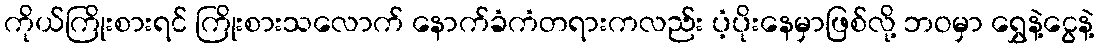
ကိုယ်ကြိုးစားရင် ကြိုးစားသလောက် နောက်ခံကံတရားကလည်း ပံ့ပိုးနေမှာဖြစ်လို့ ဘဝမှာ ရွှေနဲ့ငွေနဲ့